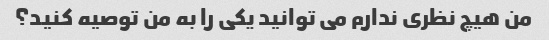
من هیچ نظری ندارم می توانید یکی را به من توصیه کنید؟